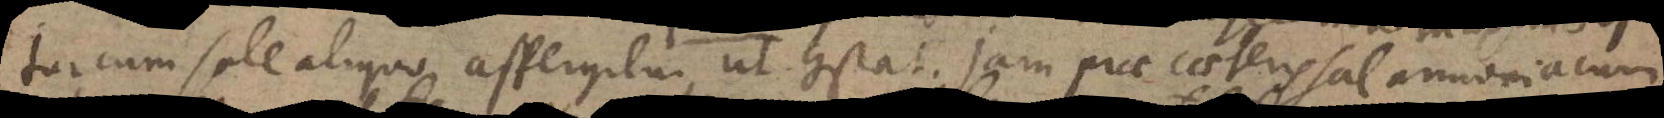
tur cum sale aliquo aspergitur, ut constat. Jam prae caeteris sal armoniacum